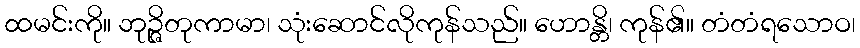
ထမင်းကို။ ဘုဉ္ဇိတုကာမာ၊ သုံးဆောင်လိုကုန်သည်။ ဟောန္တိ၊ ကုန်၏။ တံတံရသောဝ၊